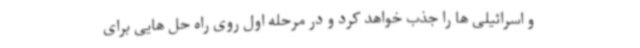
و اسرائیلی ها را جذب خواهد کرد و در مرحله اول روی راه حل هایی برای